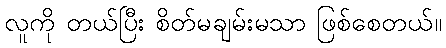
လူကို တယ်ပြီး စိတ်မချမ်းမသာ ဖြစ်စေတယ်။